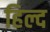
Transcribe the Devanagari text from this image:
हिल्द